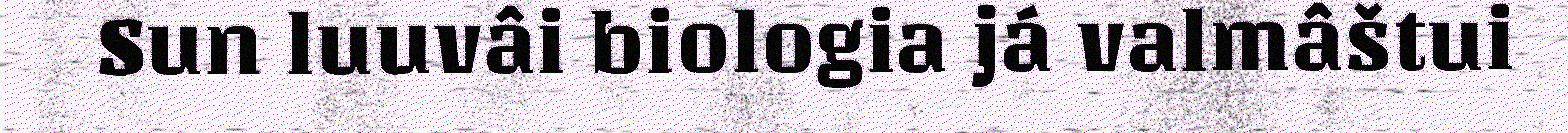
Sun luuvâi biologia já valmâštui